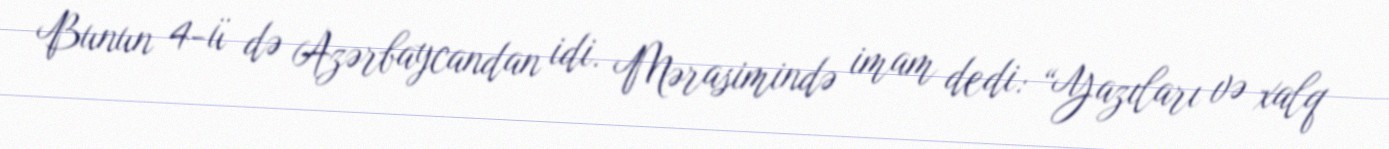
Bunun 4-ü də Azərbaycandan idi. Mərasimində imam dedi: “Yazıları və xalq